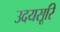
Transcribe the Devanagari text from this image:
उदयसूरि